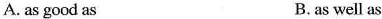
A. as good as B.as well as